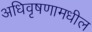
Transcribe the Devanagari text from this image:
अधिवृषणामधील